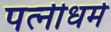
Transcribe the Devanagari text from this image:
पत्‍नीधर्म